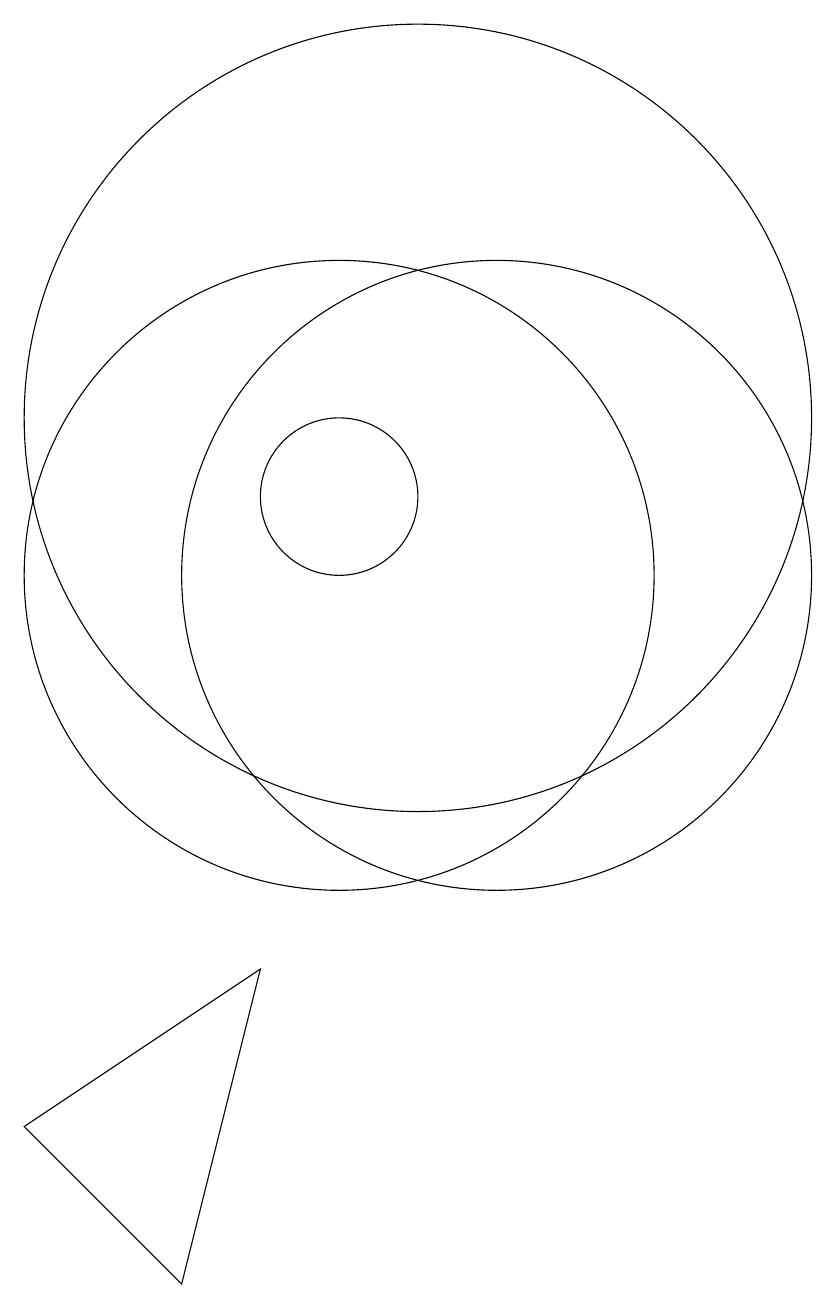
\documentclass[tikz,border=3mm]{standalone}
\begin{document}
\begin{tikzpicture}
\draw (10,11) circle (1);
\draw (11,12) circle (5);
\draw (12,10) circle (4);
\draw (11,10) circle (0);
\draw (6,3) -- (9,5) -- (8,1) -- cycle;
\draw (10,10) circle (4);
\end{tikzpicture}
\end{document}